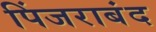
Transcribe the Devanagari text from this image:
पिंजराबंद